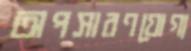
অপসারণযোগ্য